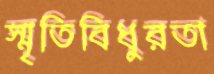
স্মৃতিবিধুরতা